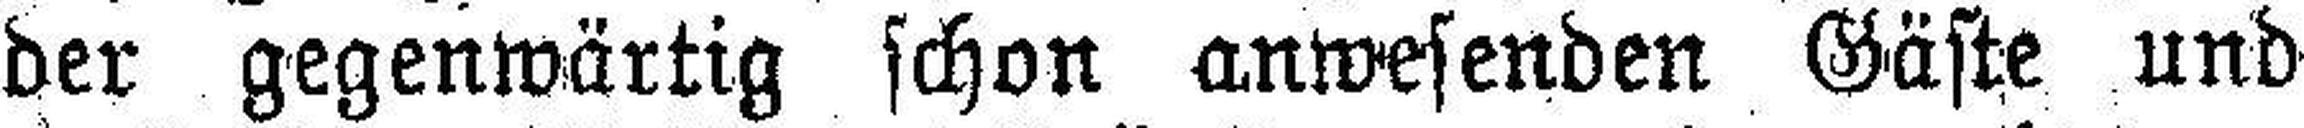
der gegenwärtig schon anwesenden Gäste und